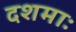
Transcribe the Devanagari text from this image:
दशमाः